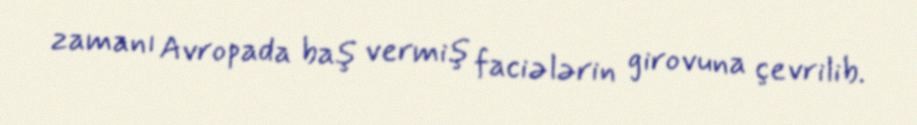
zamanı Avropada baş vermiş faciələrin girovuna çevrilib.